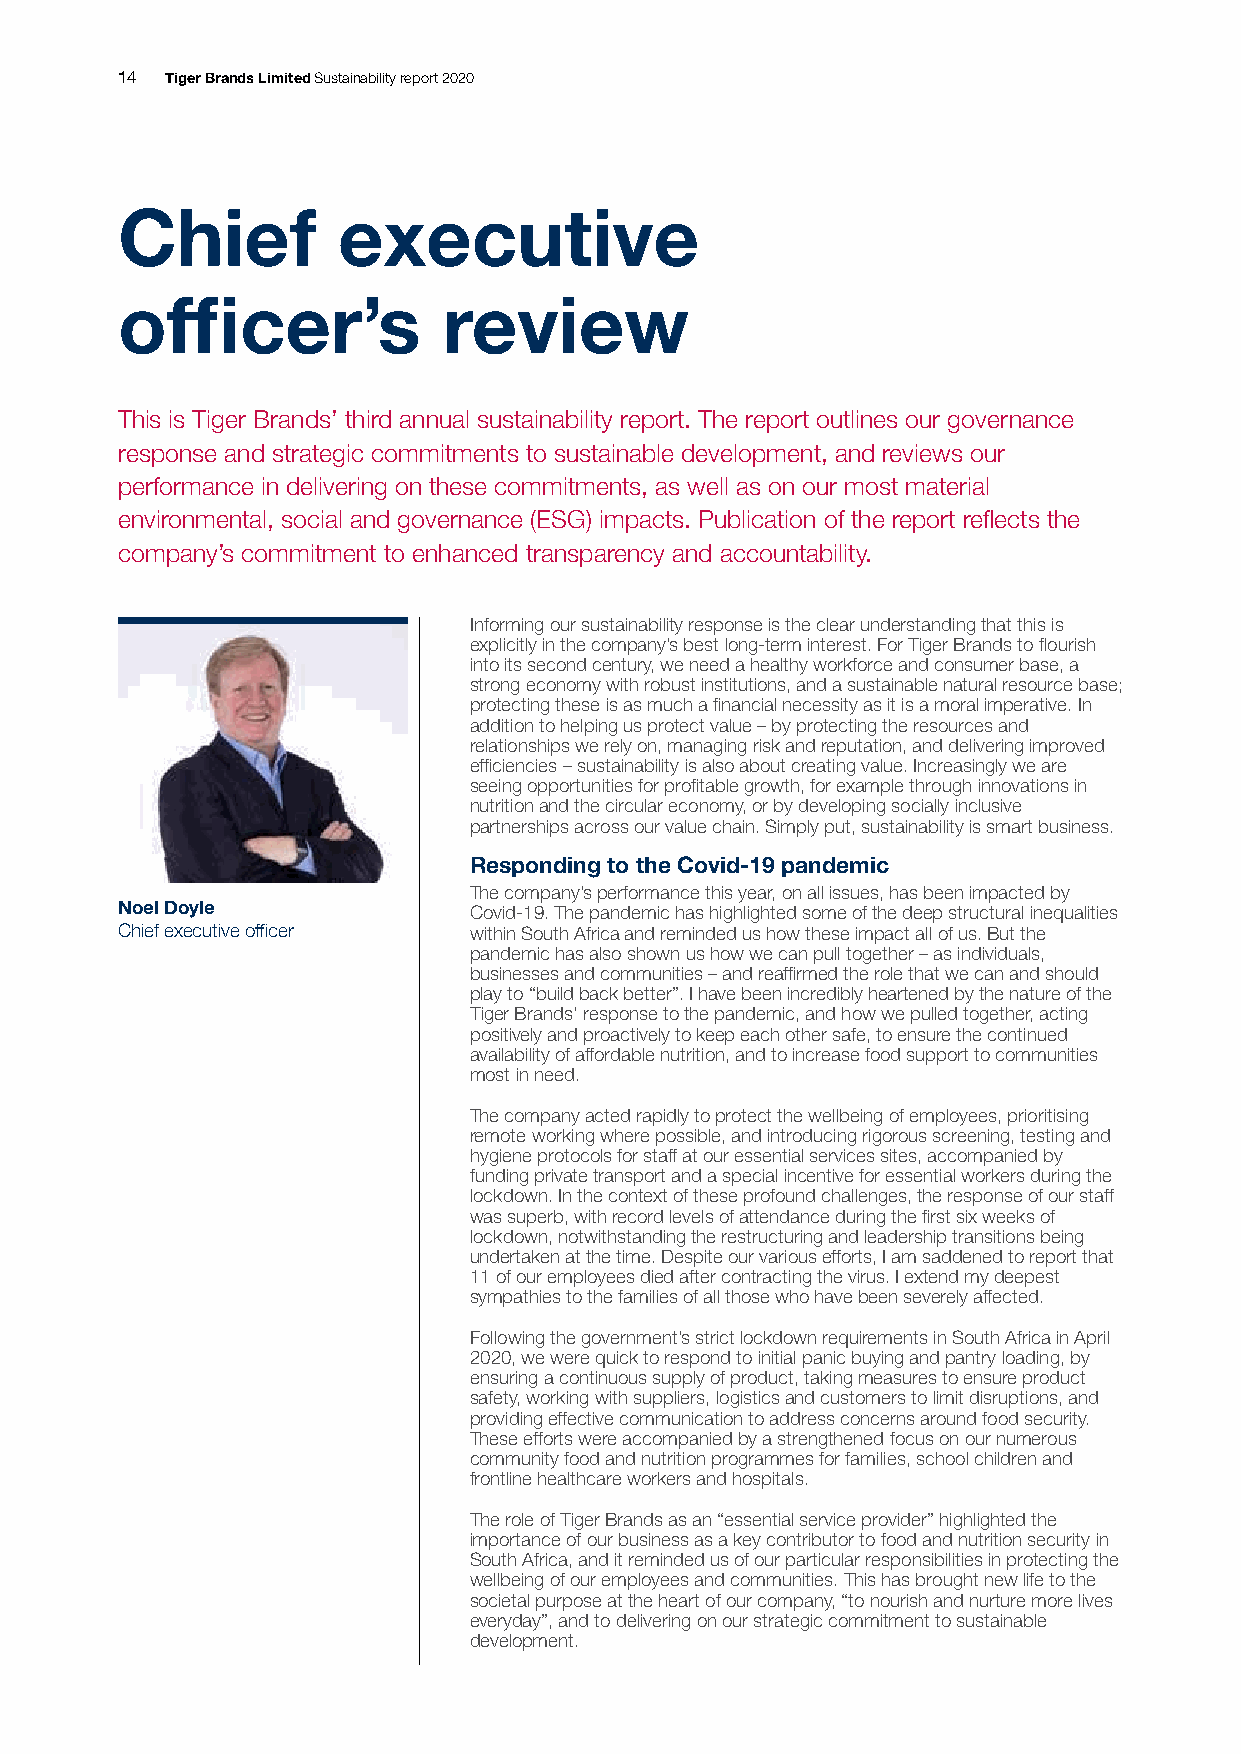
14 Tiger Brands Limited Sustainability report 2020
 Chief         executive
 officer’s            review
 This is Tiger Brands’ third annual sustainability report. The report outlines our governance
 response and strategic commitments to sustainable development, and reviews our
 performance in delivering on these commitments, as well as on our most material
 environmental, social and governance (ESG) impacts. Publication of the report reflects the
 company’s commitment to enhanced transparency and accountability.
 Informing our sustainability response is the clear understanding that this is
 explicitly in the company’s best long-term interest. For Tiger Brands to flourish
 into its second century, we need a healthy workforce and consumer base, a
 strong economy with robust institutions, and a sustainable natural resource base;
 protecting these is as much a financial necessity as it is a moral imperative. In
 addition to helping us protect value – by protecting the resources and
 relationships we rely on, managing risk and reputation, and delivering improved
 efficiencies – sustainability is also about creating value. Increasingly we are
 seeing opportunities for profitable growth, for example through innovations in
 nutrition and the circular economy, or by developing socially inclusive
 partnerships across our value chain. Simply put, sustainability is smart business.
 Responding to the Covid-19 pandemic
 The company’s performance this year, on all issues, has been impacted by
 Noel Doyle             Covid-19. The pandemic has highlighted some of the deep structural inequalities
 Chief executive officer within South Africa and reminded us how these impact all of us. But the
 pandemic has also shown us how we can pull together – as individuals,
 businesses and communities – and reaffirmed the role that we can and should
 play to “build back better”. I have been incredibly heartened by the nature of the
 Tiger Brands’ response to the pandemic, and how we pulled together, acting
 positively and proactively to keep each other safe, to ensure the continued
 availability of affordable nutrition, and to increase food support to communities
 most in need.
 The company acted rapidly to protect the wellbeing of employees, prioritising
 remote working where possible, and introducing rigorous screening, testing and
 hygiene protocols for staff at our essential services sites, accompanied by
 funding private transport and a special incentive for essential workers during the
 lockdown. In the context of these profound challenges, the response of our staff
 was superb, with record levels of attendance during the first six weeks of
 lockdown, notwithstanding the restructuring and leadership transitions being
 undertaken at the time. Despite our various efforts, I am saddened to report that
 11 of our employees died after contracting the virus. I extend my deepest
 sympathies to the families of all those who have been severely affected.
 Following the government’s strict lockdown requirements in South Africa in April
 2020, we were quick to respond to initial panic buying and pantry loading, by
 ensuring a continuous supply of product, taking measures to ensure product
 safety, working with suppliers, logistics and customers to limit disruptions, and
 providing effective communication to address concerns around food security.
 These efforts were accompanied by a strengthened focus on our numerous
 community food and nutrition programmes for families, school children and
 frontline healthcare workers and hospitals.
 The role of Tiger Brands as an “essential service provider” highlighted the
 importance of our business as a key contributor to food and nutrition security in
 South Africa, and it reminded us of our particular responsibilities in protecting the
 wellbeing of our employees and communities. This has brought new life to the
 societal purpose at the heart of our company, “to nourish and nurture more lives
 everyday”, and to delivering on our strategic commitment to sustainable
 development.